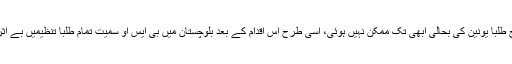
جس طرح طلبا یونین کی بحالی ابھی تک ممکن نہیں ہوئی، اسی طرح اس اقدام کے بعد بلوچستان میں بی ایس او سمیت تمام طلبا تنظیمیں بے اثر ہوں گی۔